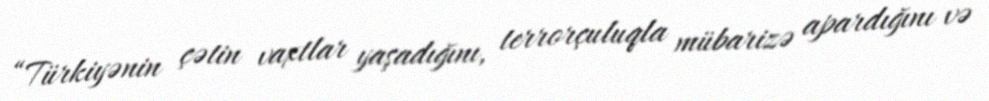
“Türkiyənin çətin vaxtlar yaşadığını, terrorçuluqla mübarizə apardığını və